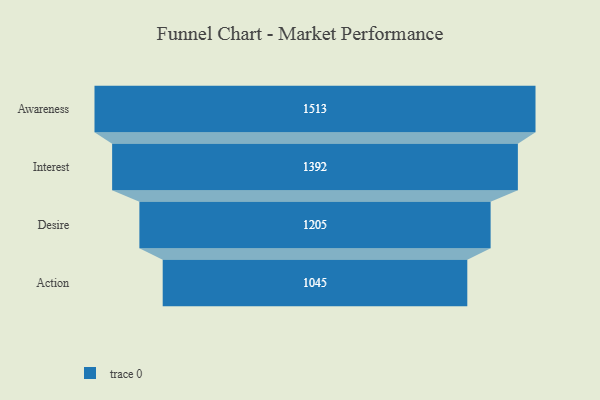
{"axis": {"x": "Stage", "y": "Value"}, "legend": [""], "data": [{"x": "Awareness", "y": 1513.0, "type": ""}, {"x": "Interest", "y": 1392.0, "type": ""}, {"x": "Desire", "y": 1205.0, "type": ""}, {"x": "Action", "y": 1045.0, "type": ""}]}